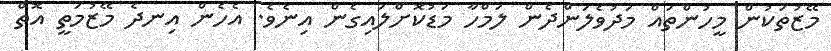
މޭޒުތަކުން މީހުންތައް މަދުވެލަންދެން ލަމްހާ މަޑުކޮށްލައިގެން އިނެވެ. އެހެން އިނދެ މޭޒުމަތީ އޮތް